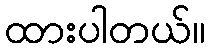
ထားပါတယ်။